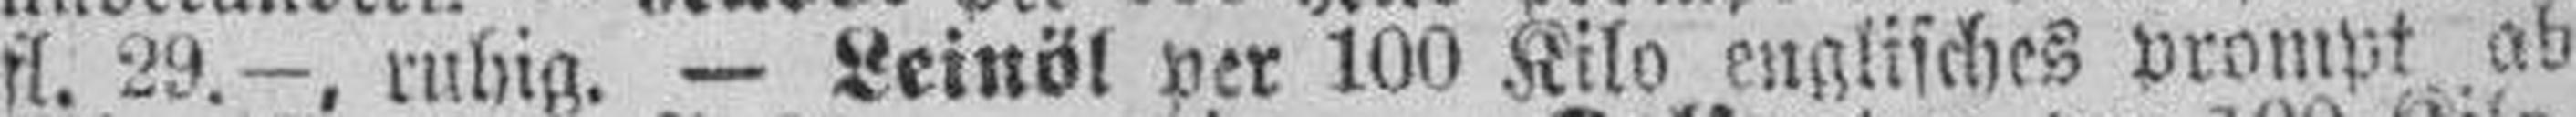
fl. 29.—, ruhig. — Leinöl per 100 Kilo englisches prompt ab